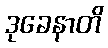
ဒုခေနာတိ